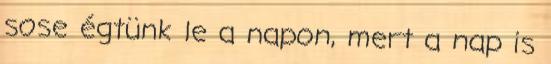
sose égtünk le a napon, mert a nap is